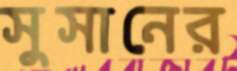
সুসানের